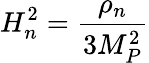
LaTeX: H_{n}^{2}={\frac{\rho_{n}}{3M_{P}^{2}}}